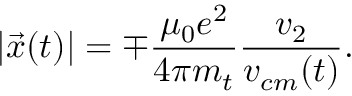
| \vec { x } ( t ) | = \mp \frac { \mu _ { 0 } e ^ { 2 } } { 4 \pi m _ { t } } \frac { v _ { 2 } } { v _ { c m } ( t ) } .